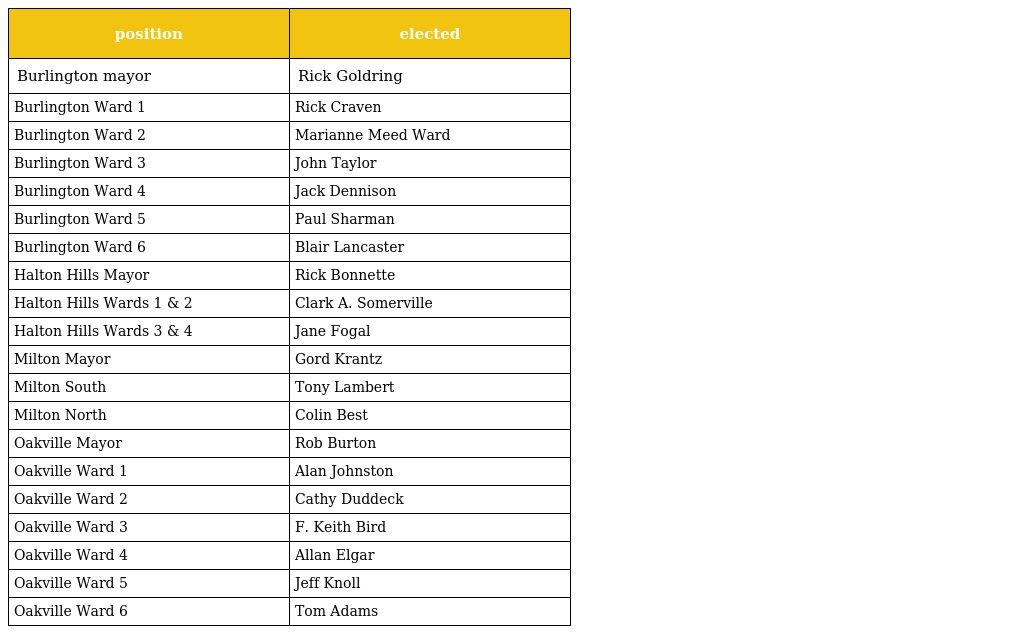
| position | elected |
 | --- | --- |
 | Burlington mayor | Rick Goldring |
 | Burlington Ward 1 | Rick Craven |
 | Burlington Ward 2 | Marianne Meed Ward |
 | Burlington Ward 3 | John Taylor |
 | Burlington Ward 4 | Jack Dennison |
 | Burlington Ward 5 | Paul Sharman |
 | Burlington Ward 6 | Blair Lancaster |
 | Halton Hills Mayor | Rick Bonnette |
 | Halton Hills Wards 1 & 2 | Clark A. Somerville |
 | Halton Hills Wards 3 & 4 | Jane Fogal |
 | Milton Mayor | Gord Krantz |
 | Milton South | Tony Lambert |
 | Milton North | Colin Best |
 | Oakville Mayor | Rob Burton |
 | Oakville Ward 1 | Alan Johnston |
 | Oakville Ward 2 | Cathy Duddeck |
 | Oakville Ward 3 | F. Keith Bird |
 | Oakville Ward 4 | Allan Elgar |
 | Oakville Ward 5 | Jeff Knoll |
 | Oakville Ward 6 | Tom Adams |